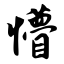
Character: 懵